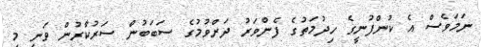
ނަމަވެސް އެ ކުންފުނީގެ ހިދުމަތުގެ ފެންވަރު ދަށްވުމުގެ ސަބަބުން ސަރުކާރުން ވަނީ މި